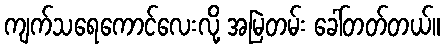
ကျက်သရေကောင်လေးလို့ အမြဲတမ်း ခေါ်တတ်တယ်။